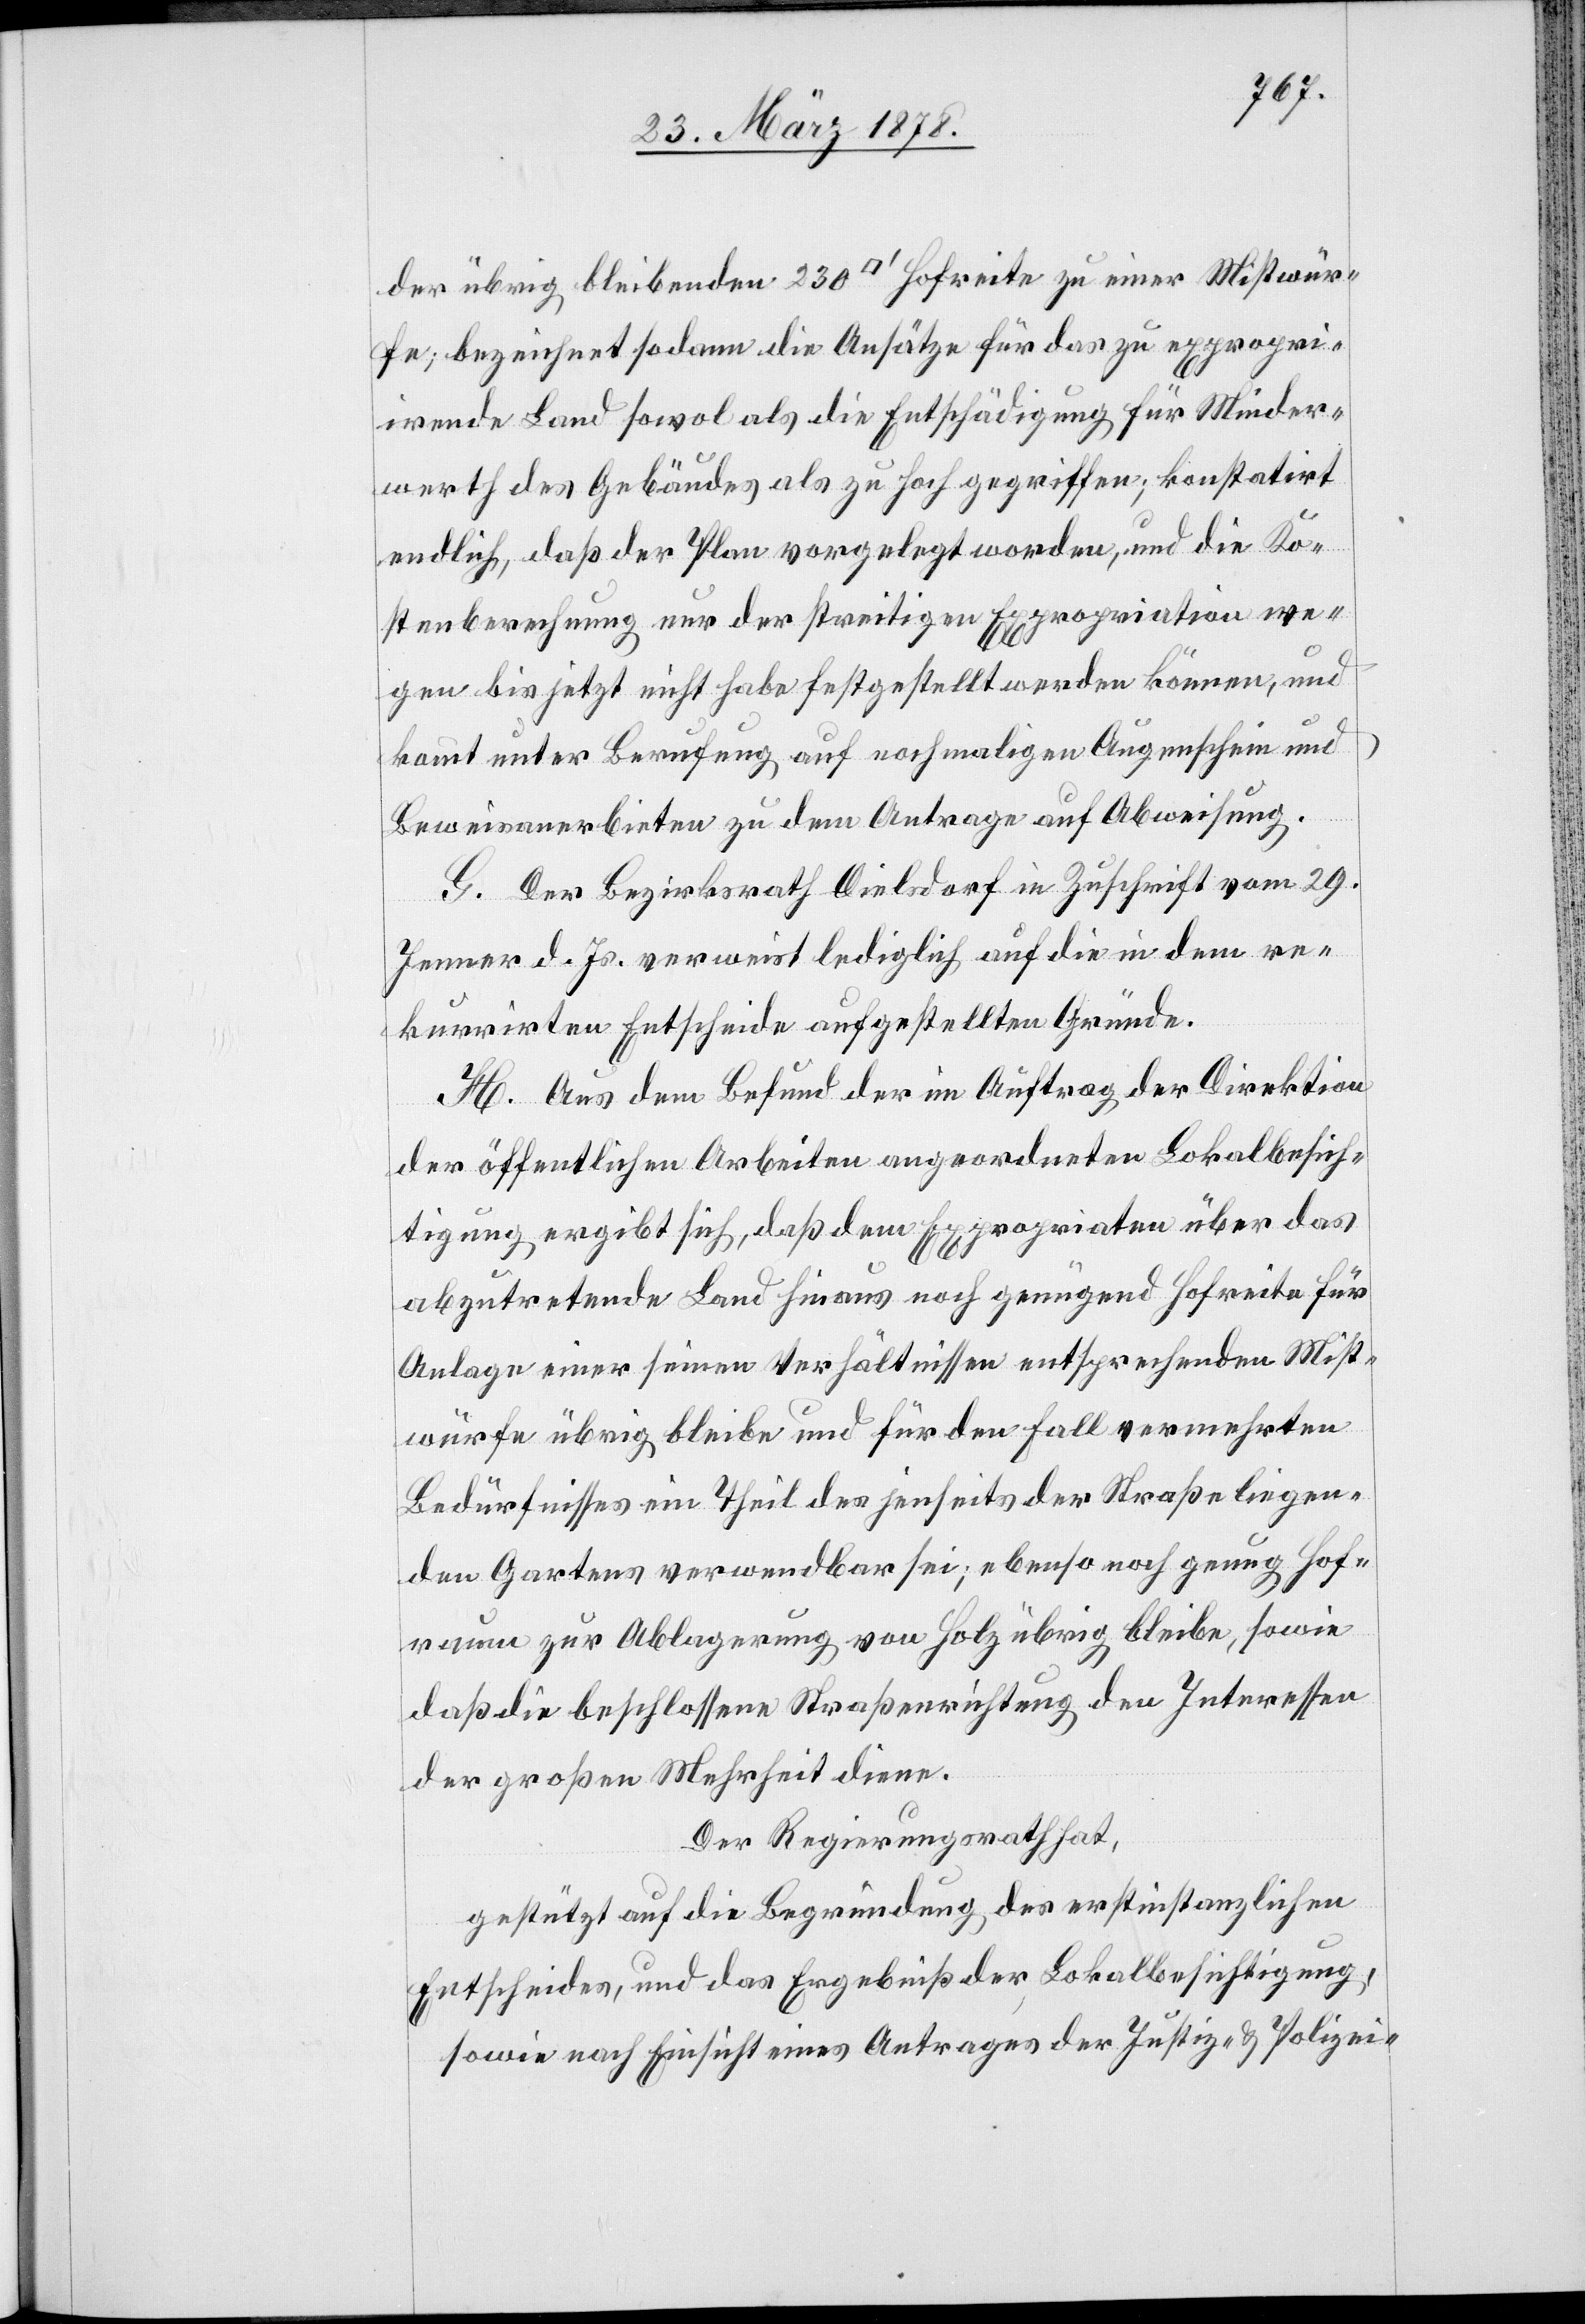
der übrig bleibenden 230 [Quadratfuß] Hofreite zu einer Mistwür¬
fe; bezeichnet sodann die Ansätze für das zu expropri¬
irende Land sowol als die Entschädigung für Minder¬
werth des Gebäudes als zu hoch gegriffen; konstatirt
endlich, daß der Plan vorgelegt worden, und die Ko¬
stenberechnung nur der streitigen Expropriation we¬
gen bis jetzt nicht habe festgestellt werden können, und
kommt unter Berufung auf nochmaligen Augenschein und
Beweisanerbieten zu dem Antrage auf Abweisung.
G. Der Bezirksrath Dielsdorf in Zuschrift vom 29.
Jenner d. Js. verweist lediglich auf die in dem re¬
kurrirten Entscheide aufgestellten Gründe.
H. Aus dem Befunde der im Auftrag der Direktion
der öffentlichen Arbeiten angeordneten Lokalbesich¬
tigung ergibt sich, daß dem Expropriaten über das
abzutretende Land hinaus noch genügend Hofreite für
Anlage einer seinen Verhältnissen entsprechenden Mist¬
würfe übrig bleibe und für den Fall vermehrten
Bedürfnisses ein Theil des jenseits der Straße liegen¬
den Gartens verwendbar sei; ebenso noch genug Hof¬
raum zur Ablagerung von Holz übrig bleibe, sowie
daß die beschlossene Straßenrichtung den Interessen
der großen Mehrheit diene.
Der Regierungsrath hat,
gestützt auf die Begründung des erstinstanzlichen
Entscheides, und das Ergebniß der Lokalbesichtigung,
sowie nach Einsicht eines Antrages der Justiz- & Polizei-